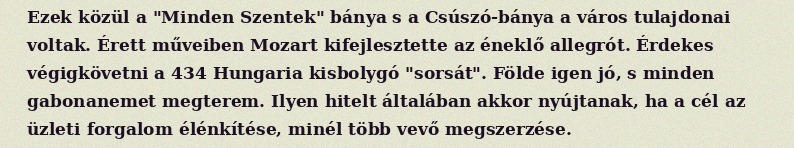
Ezek közül a "Minden Szentek" bánya s a Csúszó-bánya a város tulajdonai voltak. Érett műveiben Mozart kifejlesztette az éneklő allegrót. Érdekes végigkövetni a 434 Hungaria kisbolygó "sorsát". Földe igen jó, s minden gabonanemet megterem. Ilyen hitelt általában akkor nyújtanak, ha a cél az üzleti forgalom élénkítése, minél több vevő megszerzése.